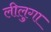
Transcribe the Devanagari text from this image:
लीलुगा